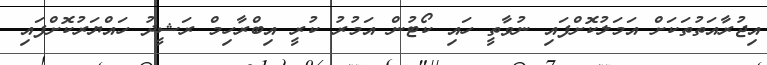
އިޖުރާއަތުތަކަށް އަމަލުކޮށްފައި ނުވާތީ ހައި ކޯޓުން އަމުރު ކުރީ އިބްރާހިމް ރަޝީދު ހައްޔަރުކޮށްފައި